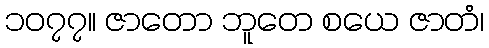
၁၀၇၇။ ဇာတော ဘူတေ စယေ ဇာတံ၊